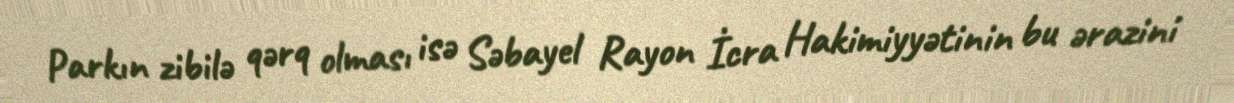
Parkın zibilə qərq olması isə Səbayel Rayon İcra Hakimiyyətinin bu ərazini